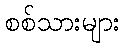
စစ်သားများ